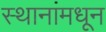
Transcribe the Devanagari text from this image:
स्थानांमधून